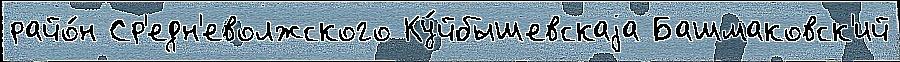
райо́н Ср'едн'еволжского Ку́йбышевскаjа Башмаковск'ий